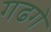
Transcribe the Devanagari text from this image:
गढगे